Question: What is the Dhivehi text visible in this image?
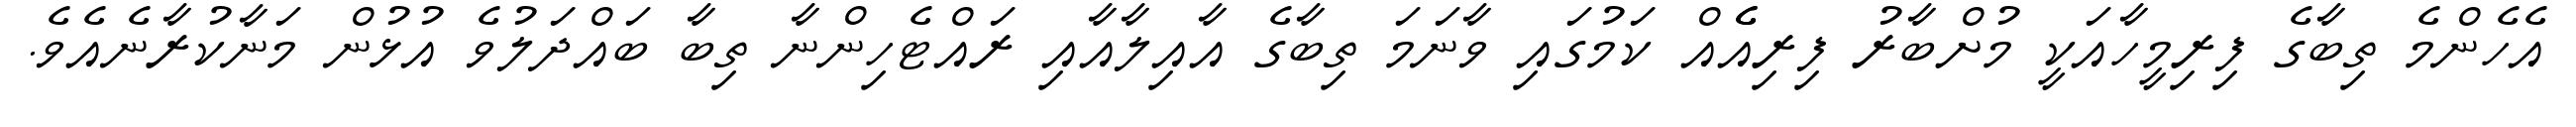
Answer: އެހެންމެ ތިބާގެ ފިރިމީހާއަކީ މުށްބާރު ފިރިއެެއް ކަމުގައި ވާނަމަ ތިބާގެ އާއިލާއާއި ރައްޓެހިންނާ ތިބާ ބައްދަލުވެ އުޅުން މަނާކުރާނެއެވެ.